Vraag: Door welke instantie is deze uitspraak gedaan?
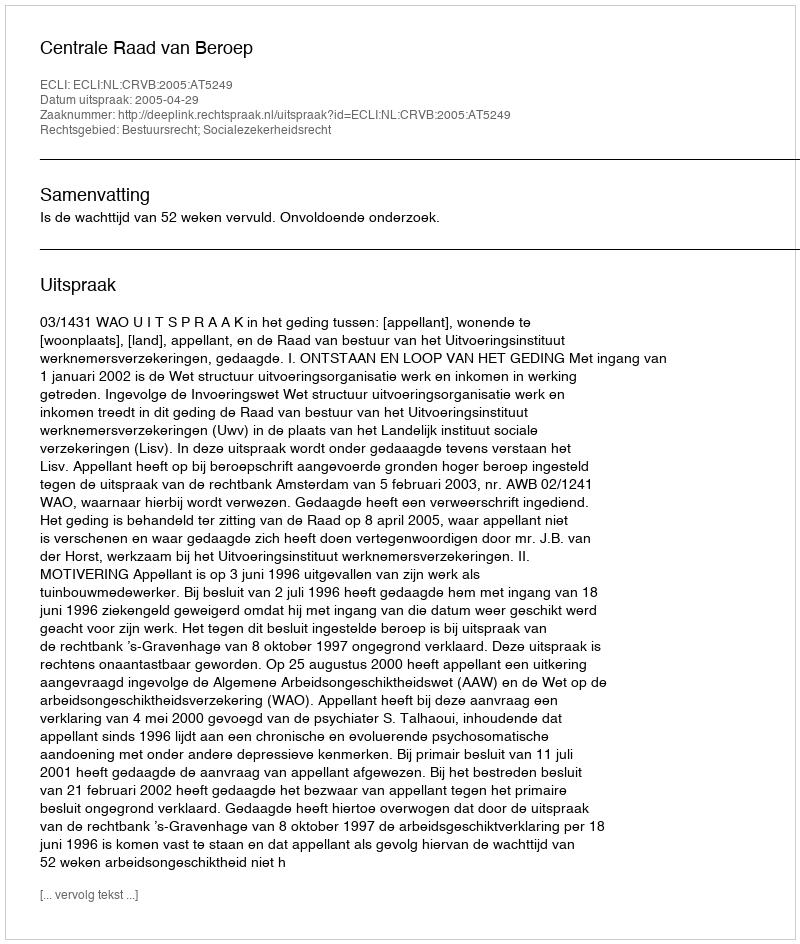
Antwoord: Centrale Raad van Beroep